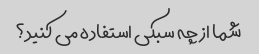
شما از چه سبکی استفاده می کنید؟